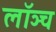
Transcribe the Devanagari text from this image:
लॉञ्च